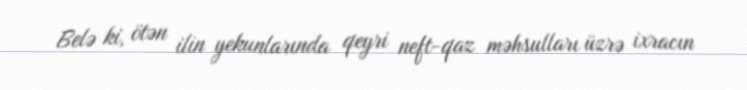
Belə ki, ötən ilin yekunlarında qeyri neft-qaz məhsulları üzrə ixracın